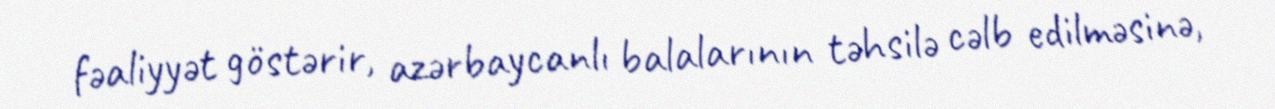
fəaliyyət göstərir, azərbaycanlı balalarının təhsilə cəlb edilməsinə,